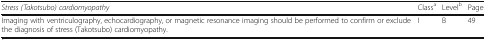
| Stress (Takotsubo) cardiomyopathy | Classa | Levelb | Page |
 | --- | --- | --- | --- |
 | Imaging with ventriculography, echocardiography, or magnetic resonance imaging should be performed to confirm or exclude the diagnosis of stress (Takotsubo) cardiomyopathy. | I | B | 49 |